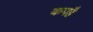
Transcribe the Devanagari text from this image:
कपहै